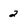
Character: 2